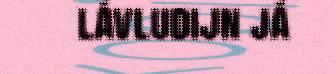
lávludijn já